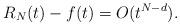
LaTeX: \begin{align*} R_N(t)-f(t) = O(t^{N-d}). \end{align*}